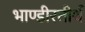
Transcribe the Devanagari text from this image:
भाण्डीरतीर्थ